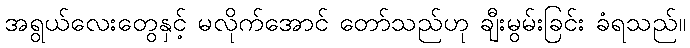
အရွယ်လေးတွေနှင့် မလိုက်အောင် တော်သည်ဟု ချီးမွမ်းခြင်း ခံရသည်။